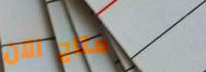
متاح الآن